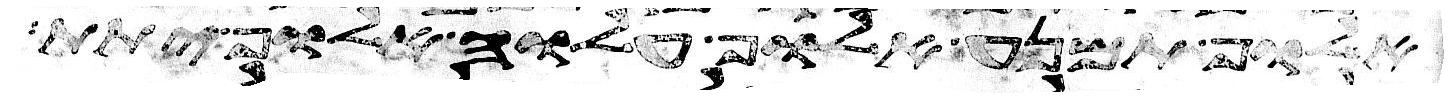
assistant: אלוף תמנע אלוף עלוה אלוף יתת